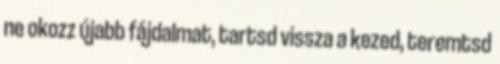
ne okozz újabb fájdalmat, tartsd vissza a kezed, teremtsd